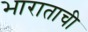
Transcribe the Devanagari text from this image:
भाराताची